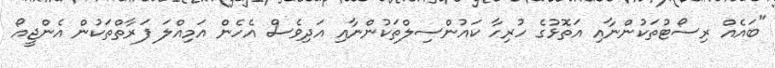
"ބައެއް ރިސޯޓުތަކުންނާއި އަތޮޅުގެ ހުރިހާ ކައުންސިލްތަކުންނާއި އަދިވެސް އެހެން އަމިއްލަ ފަރާތްތަކުން އެންޖީއޯ